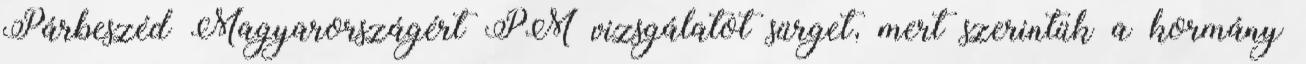
Párbeszéd Magyarországért PM vizsgálatot sürget, mert szerintük a kormány